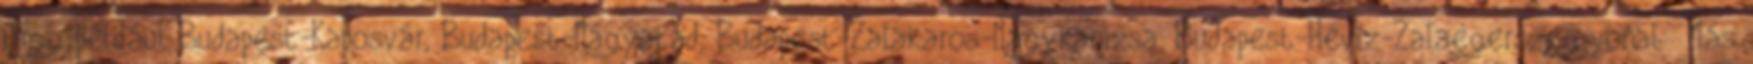
függ például Budapest-Kaposvár, Budapest-Nagyatád, Budapest-Zalakaros-Nagykanizsa, Budapest-Hévíz-Zalaegerszeg vonal . Más